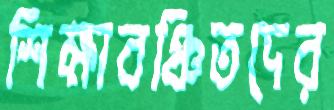
শিক্ষাবঞ্চিতদের